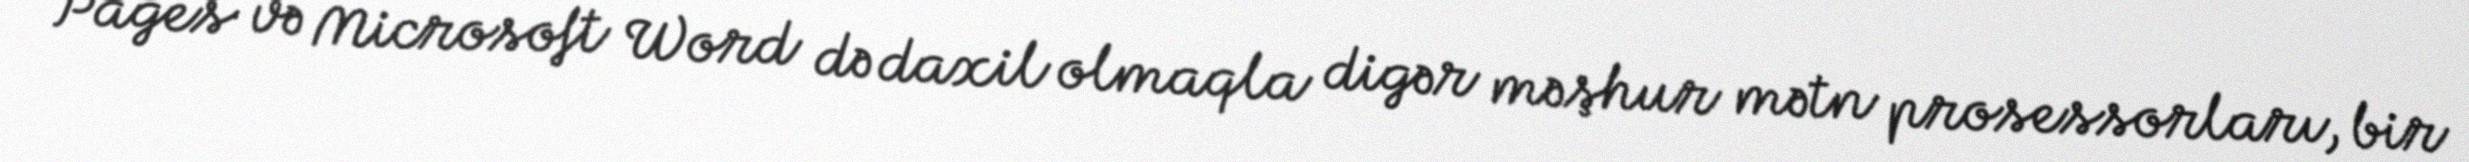
Pages və Microsoft Word də daxil olmaqla digər məşhur mətn prosessorları, bir